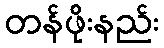
တန်ဖိုးနည်း